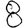
Digit: 8